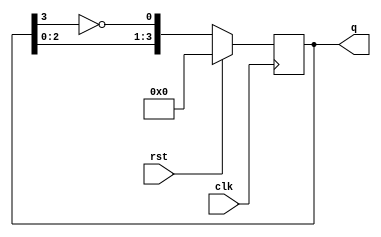
module johnson_counter #(parameter n = 4) (
    input wire clk,            // Clock signal
    input wire rst,            // Synchronous reset
    output reg [n-1:0] q       // Counter output
);

    // Internal signals
    reg [n-1:0] state;

    // Sequential logic for the Johnson counter
    always @(posedge clk) begin
        if (rst) begin
            // Reset the state to 0
            state <= 0;
        end else begin
            // Shift register logic for Johnson counter
            state <= {state[n-2:0], ~state[n-1]};
        end
    end

    // Assigning internal state to output
    always @(*) begin
        q = state;
    end

endmodule